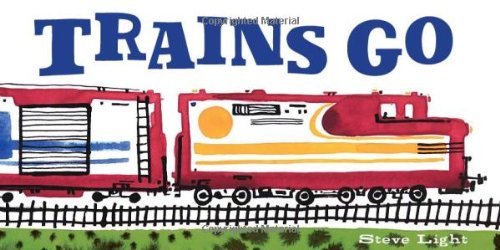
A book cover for Trains Go; Steve Light; Children's Books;